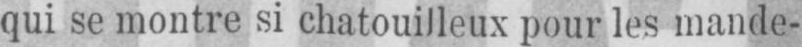
qui se montre si chatouilleux pour les mande-